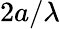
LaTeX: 2a/\lambda